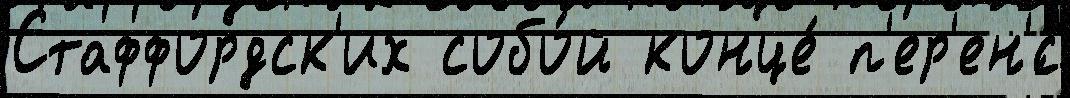
Стаффордск'их собо́й конце́ п'ер'ен'́с